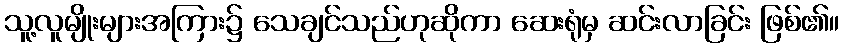
သူ့လူမျိုးများအကြား၌ သေချင်သည်ဟုဆိုကာ ဆေးရုံမှ ဆင်းလာခြင်း ဖြစ်၏။